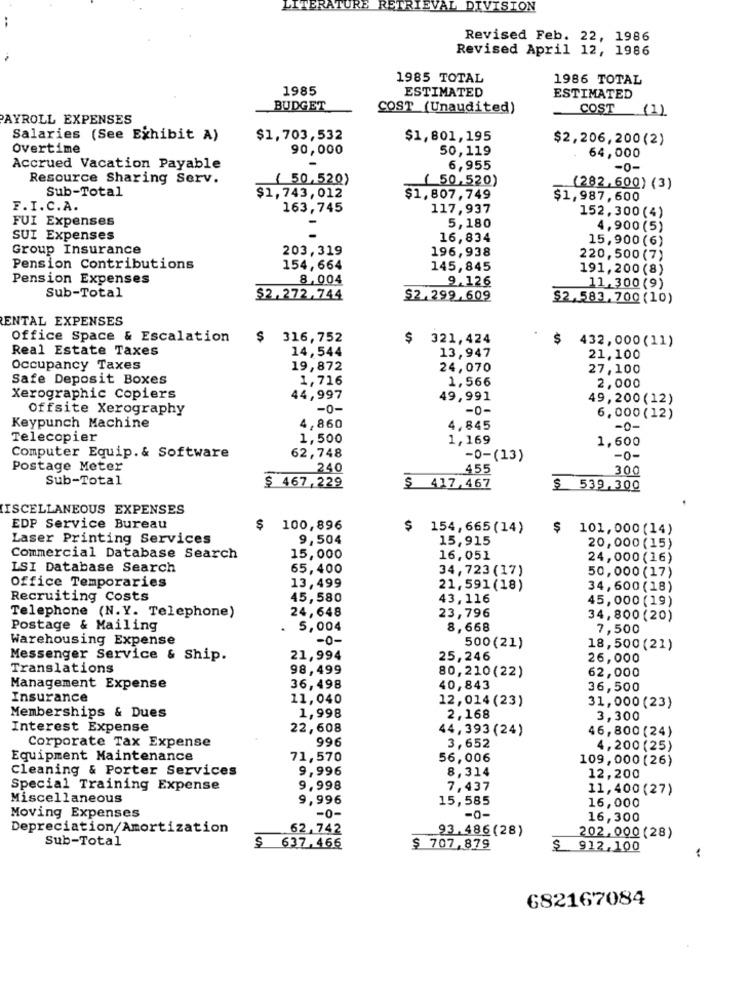
RE
RETRIE
DIVISION
Revised Feb. 22, 1986
Revised April 12, 1986
1985 TOTAL
1986 TOTAL
1985
ESTIMATED
ESTIMATED
BUDGET
COST (Unaudited)
COST
(1)
PAYROLL EXPENSES
Salaries (See Exhibit A)
$1,703,532
$1,801,195
$2,206,200(2)
Overtime
90,000
50,119
64,000
Accrued Vacation Payable
6,955
-0-
Resource Sharing Serv.
( 50,520)
( 50,520)
Sub-Total
(282, 600) (3)
$1,743,012
$1,807,749
$1,987,600
F.I.C.A.
163,745
117,937
FUI Expenses
152,300(4)
5,180
4,900(5)
SUI Expenses
16,834
15,900(6)
Group Insurance
203,319
196,938
220,500(7)
Pension Contributions
154,664
145,845
191,200(8)
Pension Expenses
8,004
9.126
11,300(9)
Sub-Total
$2.272,744
$2.299.609
$2.583.700(10)
ENTAL EXPENSES
Office Space & Escalation
$ 316,752
321,424
$
432,000(11)
Real Estate Taxes
14,544
13,947
21,100
Occupancy Taxes
19,872
24,070
27,100
Safe Deposit Boxes
1,716
1,566
2,000
Xerographic Copiers
44,997
49,991
49,200(12)
Offsite Xerography
-0-
-0-
6,000(12)
Keypunch Machine
4,860
4,845
-0-
Telecopier
1,500
1,169
1,600
Computer Equip. & Software
62,748
-0-(13)
-0-
Postage Meter
240
455
300
Sub-Total
$ 467,229
$ 417,467
$
539,300
MISCELLANEOUS EXPENSES
EDP Service Bureau
$
100,896
$
154, 665 (14)
$
101,000 (14)
Laser Printing Services
9,504
15,915
20,000(15)
Commercial Database Search
15,000
16,051
24,000(16)
LSI Database Search
65,400
34,723 (17)
50,000(17)
Office Temporaries
13,499
21,591(18)
34,600(18)
Recruiting Costs
45,580
43,116
45,000(19)
24,648
Telephone (N.Y. Telephone)
23,796
34,800(20)
Postage & Mailing
5,004
8,668
7,500
Warehousing Expense
-0-
500(21)
18,500(21)
Messenger Service & Ship.
21,994
25,246
26,000
Translations
98,499
62,000
80,210(22)
Management Expense
36,498
40,843
36,500
Insurance
11,040
12, 014 (23)
31,000(23)
Memberships & Dues
1,998
2,168
3,300
Interest Expense
22,608
44,393(24)
46,800(24)
996
Corporate Tax Expense
3,652
4,200(25)
Equipment Maintenance
71,570
56,006
109,000(26)
Cleaning & Porter Services
9,996
8,314
12,200
Special Training Expense
9,998
7,437
11,400(27)
Miscellaneous
9,996
15,585
-0-
16,000
Moving Expenses
-0-
16,300
Depreciation/Amortization
62,742
93.486(28)
Sub-Total
$
202.000(28)
637.466
$ 707,879
$
912,100
682167084